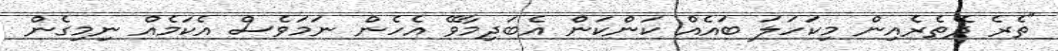
"ތެރެ ދޭތެރެއިން މިކަހަލަ ބައެއް ކަންކަން އެބަދިމާވޭ އެހެން ނަމަވެސް އެކަމެއް ނިމިގެން